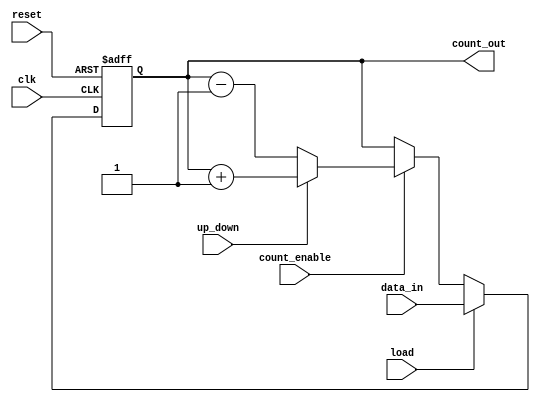
module synchronous_load_counter (
    input wire clk,                // Clock input
    input wire reset,              // Asynchronous reset
    input wire load,               // Load control signal
    input wire [N-1:0] data_in,    // Input data bus for loading
    input wire count_enable,        // Count enable signal
    input wire up_down,             // Up/Down control signal (1 for increment, 0 for decrement)
    output reg [N-1:0] count_out    // Output bus for current count value
);
    parameter N = 8; // Define the size of the counter (8 bits)

    // Asynchronous reset
    always @(posedge clk or posedge reset) begin
        if (reset) begin
            count_out <= 0; // Reset counter to zero
        end else if (load) begin
            count_out <= data_in; // Load new value into counter
        end else if (count_enable) begin
            if (up_down) begin
                count_out <= count_out + 1; // Increment counter
            end else begin
                count_out <= count_out - 1; // Decrement counter
            end
        end
    end
endmodule